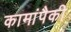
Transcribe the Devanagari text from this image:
कामांपैकी